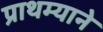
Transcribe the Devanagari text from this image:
प्राथम्याने